Civil Veterinary Department ledger series I-VI
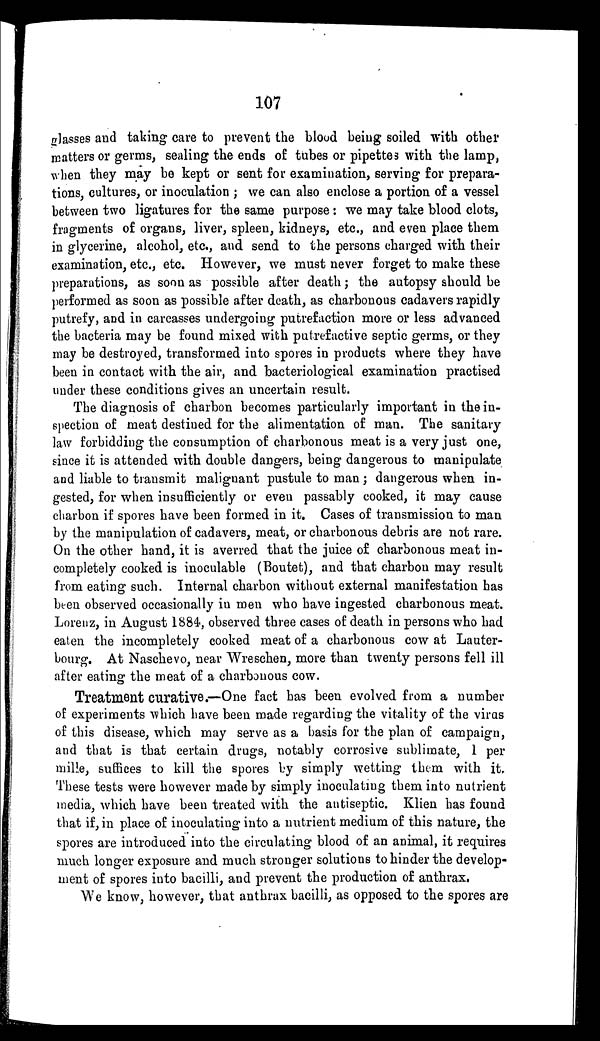
107
glasses and taking care to prevent the blood being soiled with other
matters or germs, sealing the ends of tubes or pipettes with the lamp,
when they may be kept or sent for examination, serving for prepara-
tions, cultures, or inoculation; we can also enclose a portion of a vessel
between two ligatures for the same purpose: we may take blood clots,
fragments of organs, liver, spleen, kidneys, etc., and even place them
in glycerine, alcohol, etc., and send to the persons charged with their
examination, etc., etc. However, we must never forget to make these
preparations, as soon as possible after death; the autopsy should be
performed as soon as possible after death, as charbonous cadavers rapidly
putrefy, and in carcasses undergoing putrefaction more or less advanced
the bacteria may be found mixed with putrefactive septic germs, or they
may be destroyed, transformed into spores in products where they have
been in contact with the air, and bacteriological examination practised
under these conditions gives an uncertain result.
The diagnosis of charbon becomes particularly important in the in-
spection of meat destined for the alimentation of man. The sanitary
law forbidding the consumption of charbonous meat is a very just one,
since it is attended with double dangers, being dangerous to manipulate
and liable to transmit malignant pustule to man; dangerous when in-
gested, for when insufficiently or even passably cooked, it may cause
charbon if spores have been formed in it. Cases of transmission to man
by the manipulation of cadavers, meat, or charbonous debris are not rare.
On the other hand, it is averred that the juice of charbonous meat in-
completely cooked is inoculable (Boutet), and that charbon may result
from eating such. Internal charbon without external manifestation has
been observed occasionally in men who have ingested charbonous meat.
Lorenz, in August 1884, observed three cases of death in persons who had
eaten the incompletely cooked meat of a charbonous cow at Lauter-
bourg. At Naschevo, near Wreschen, more than twenty persons fell ill
after eating the meat of a charbonous cow.
Treatment curative.—One fact has been evolved from a number
of experiments which have been made regarding the vitality of the virus
of this disease, which may serve as a basis for the plan of campaign,
and that is that certain drugs, notably corrosive sublimate, 1 per
mille, suffices to kill the spores by simply wetting them with it.
These tests were however made by simply inoculating them into nutrient
media, which have been treated with the antiseptic. Klien has found
that if, in place of inoculating into a nutrient medium of this nature, the
spores are introduced into the circulating blood of an animal, it requires
much longer exposure and much stronger solutions to hinder the develop-
ment of spores into bacilli, and prevent the production of anthrax.
We know, however, that anthrax bacilli, as opposed to the spores are